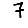
Digit: 7